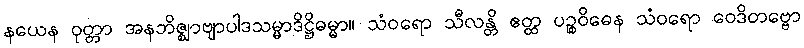
နယေန ဝုတ္တာ အနဘိဇ္ဈာဗျာပါဒသမ္မာဒိဋ္ဌိဓမ္မာ။ သံဝရော သီလန္တိ ဧတ္ထ ပဉ္စဝိဓေန သံဝရော ဝေဒိတဗ္ဗော